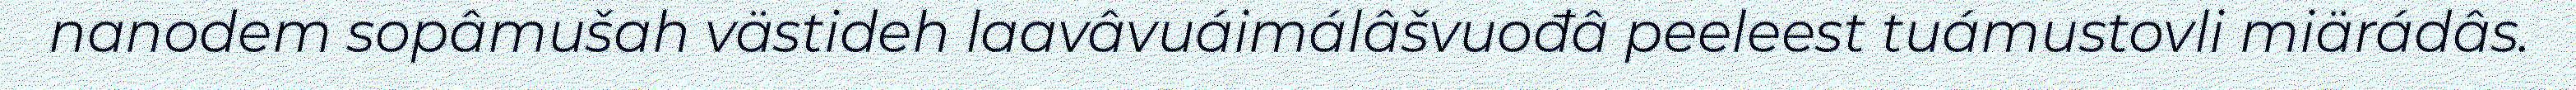
nanodem sopâmušah västideh laavâvuáimálâšvuođâ peeleest tuámustovli miärádâs.